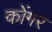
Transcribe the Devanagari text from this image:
कोंगर